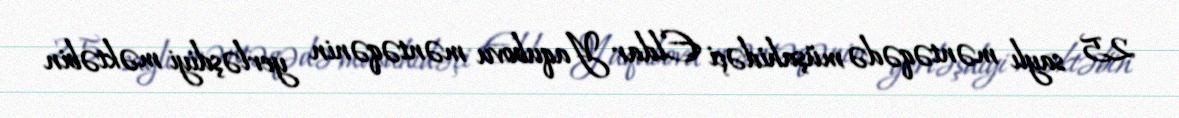
25 saylı məntəqədə müşahidəçi Eldar Yaqubovu məntəqənin yerləşdiyi məktəbin